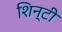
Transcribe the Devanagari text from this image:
शिन्टी